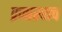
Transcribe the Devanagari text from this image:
प्रजास्वत्व